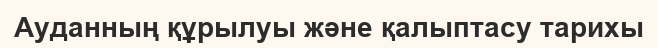
Ауданның құрылуы және қалыптасу тарихы